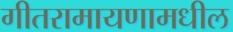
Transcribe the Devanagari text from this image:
गीतरामायणामधील